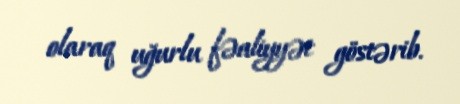
olaraq uğurlu fəaliyyət göstərib.